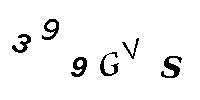
399GVS